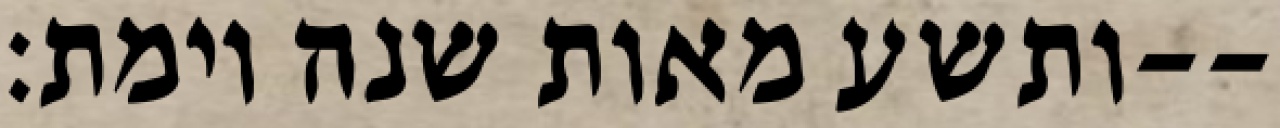
ותשע מאות שנה וימת׃--